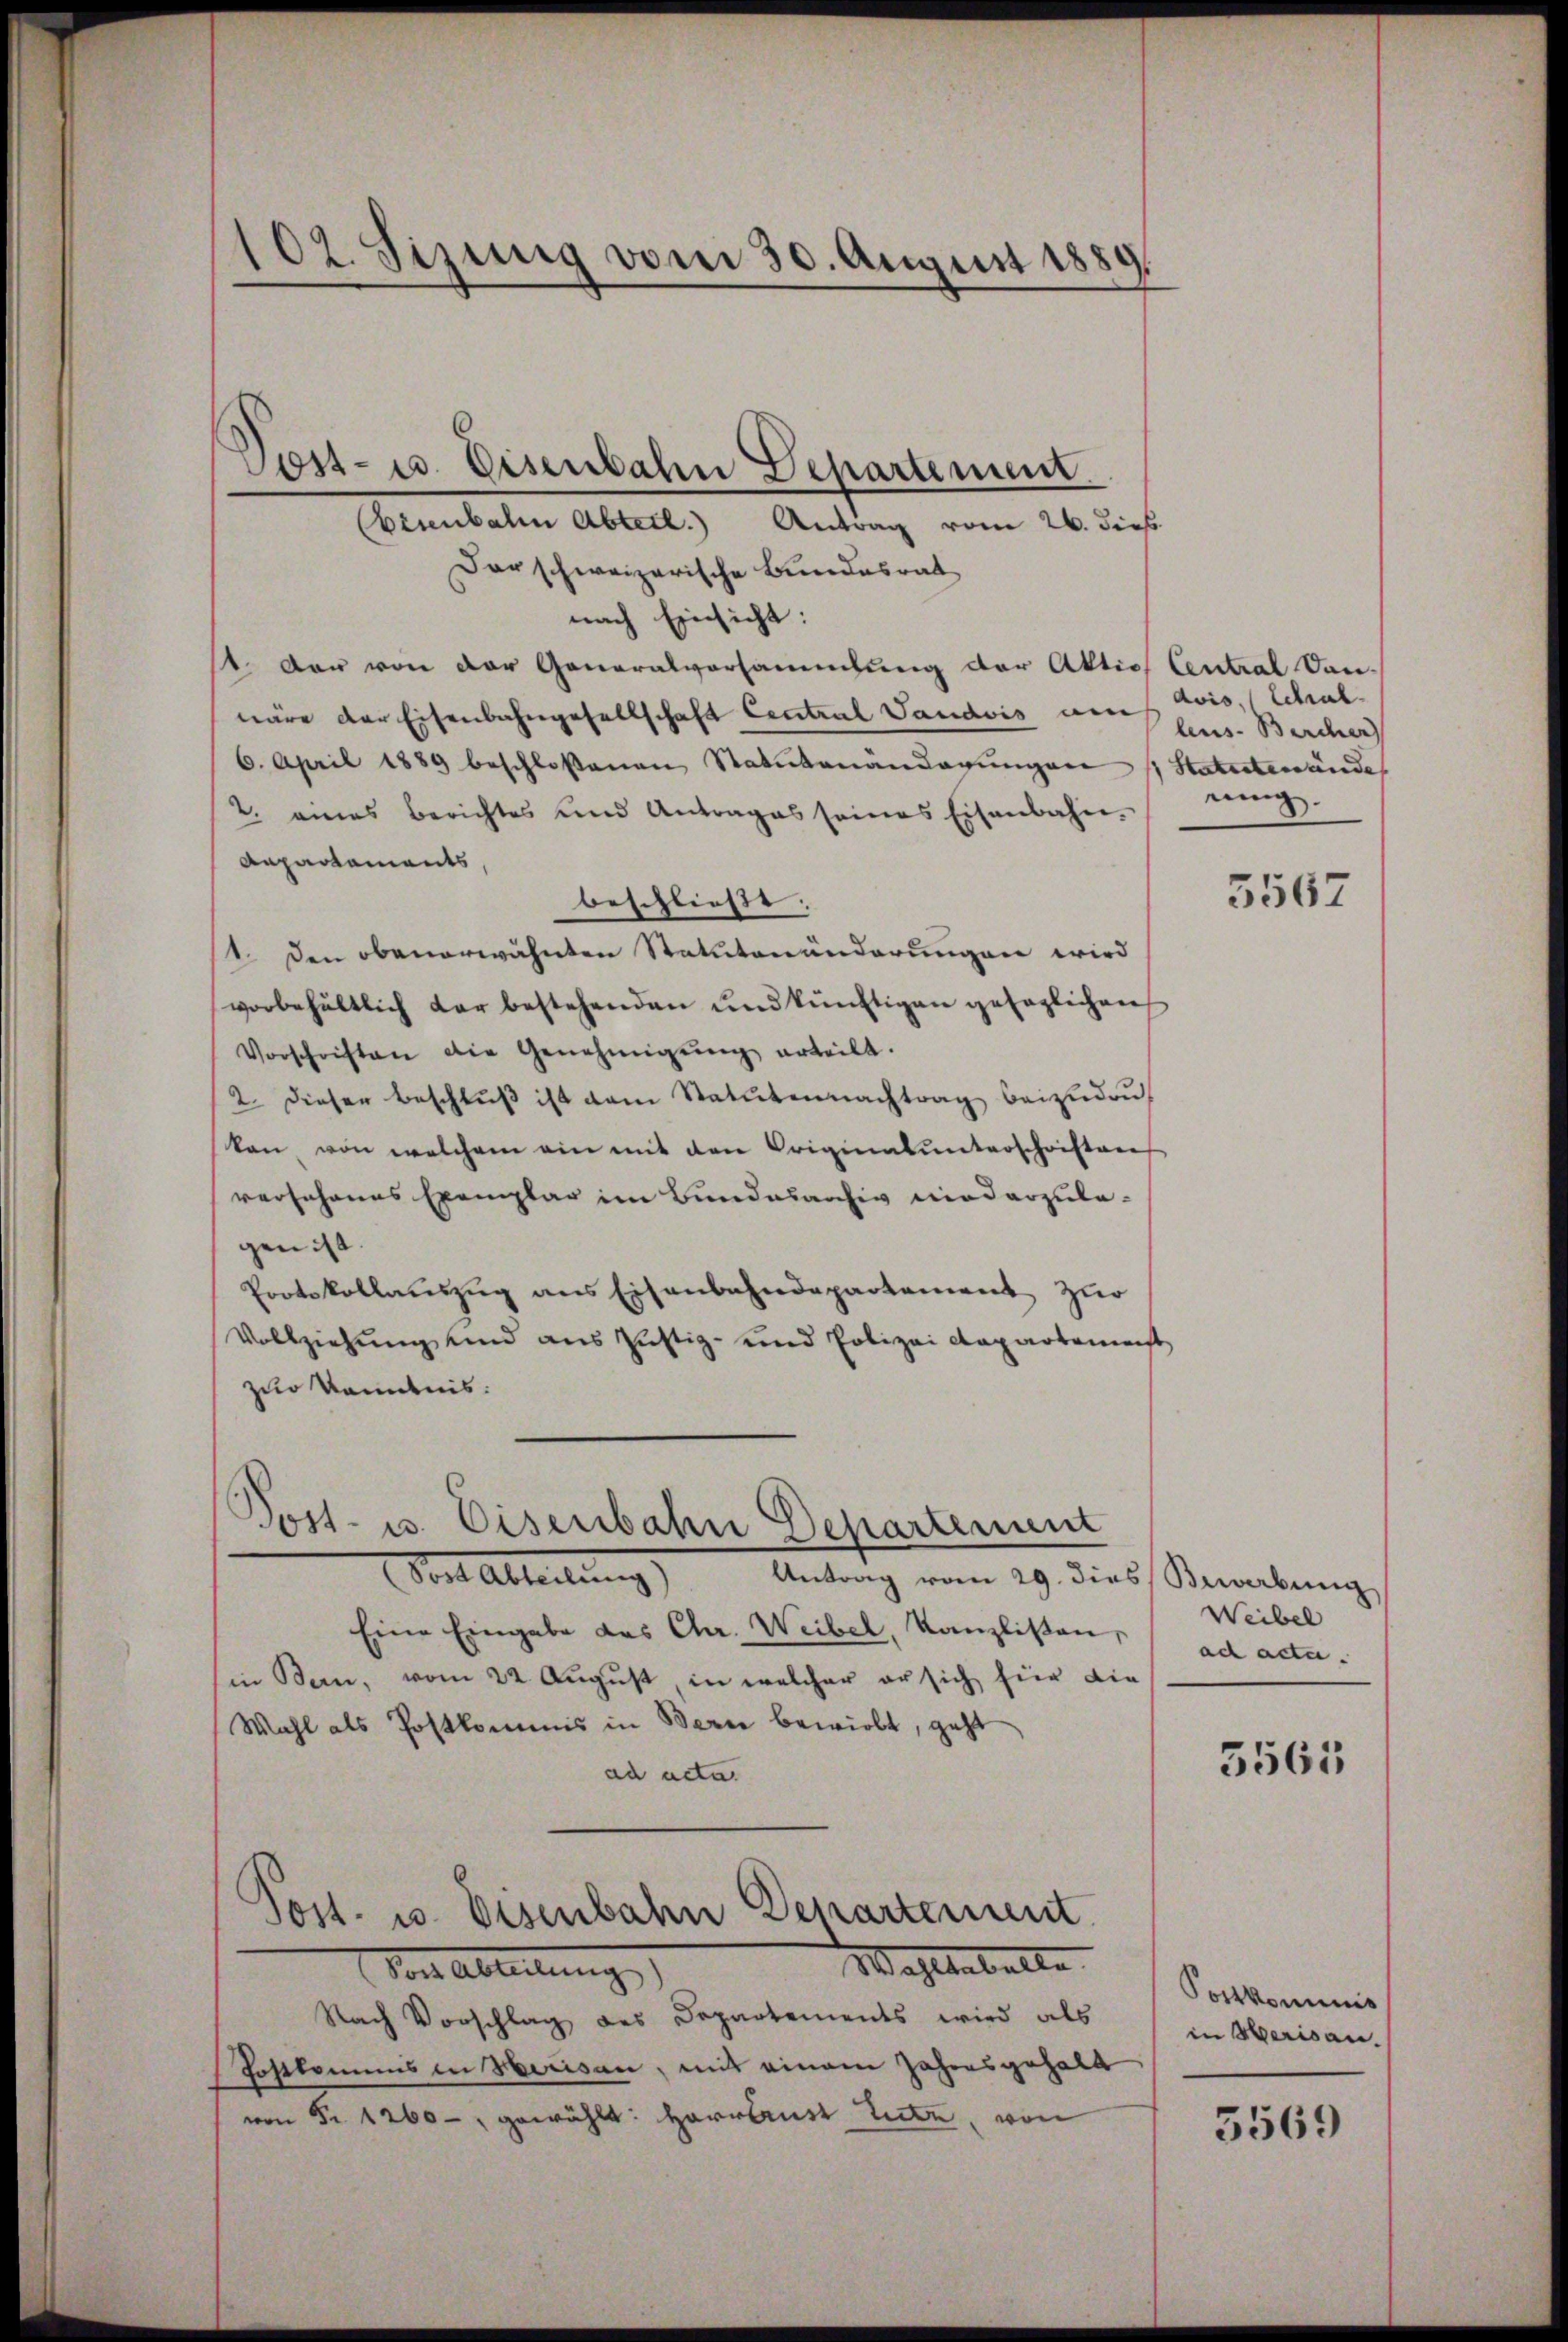
Der schweizerische Bundesrat
nach Einsicht:
st. Der von der Generalvorsammlung der Aktio Central Sanwäre der Eisenbahngesellschaft Central Vaudois am
6. April 1889 beschlossenen Statutenänderŭngen (: Statutenände
2. eines Berichtes und Antrages seines Eisenbahn-
Anpartements,
beschließe.
1. Den obenerwähnten Statutenänderungen wird
vorbehältlich dar bestehenden und künftigen gesaglichen
Vorschriften die Genehmigŭng erteilt.
2. dieser Beschlŭβ ist dem Statutennachtrag beizudru
kan von welchem ein mit den Originalunterschriften
verJohanes Exemplar im Bundesarchiv niederzulagen ist.
Protokollauszug aus Eisenbahndepartement zur
Vollziehung und aus Justiz- und Polizei Repartemenst
zur Kenntnis:

102. Sizung vom 30. August 1889.

Post- u. Eisenbahn Departement.
(Eisenbale Abteil. Antrag vom 26. dies

Post- u. Eisenbahn Departement

(Sost Abteilŭng Antrag vom 29. dies
Eine Eingabe das Chr. Weibel, Kanzlisten,
in Bern, vom 22. August, in welcher er sich für die
Wahl als Postkommis in Berne bewirbt, geht
ad acta.
Post. u. Eisenbahn Departement.
Wahlbehalte
Vor Abteilung
Nach Vorschlag des Departements wird als
Postkommnis in Herisau, mit einem Jahresgehalt
von Fr. 1260 gewählt: Herrlust tute, von

avis, Schal
lens-Bercher
rung.
5567

Bewerbung
Weibel
ad acte.

3565

Portkominis
in Herisau.

5569